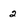
Character: 2